Vital statistics of India. Vol. IV, Annual returns from 1871 to 1876. British Army of India, Native Army and jails of Bengal
Year: 1871
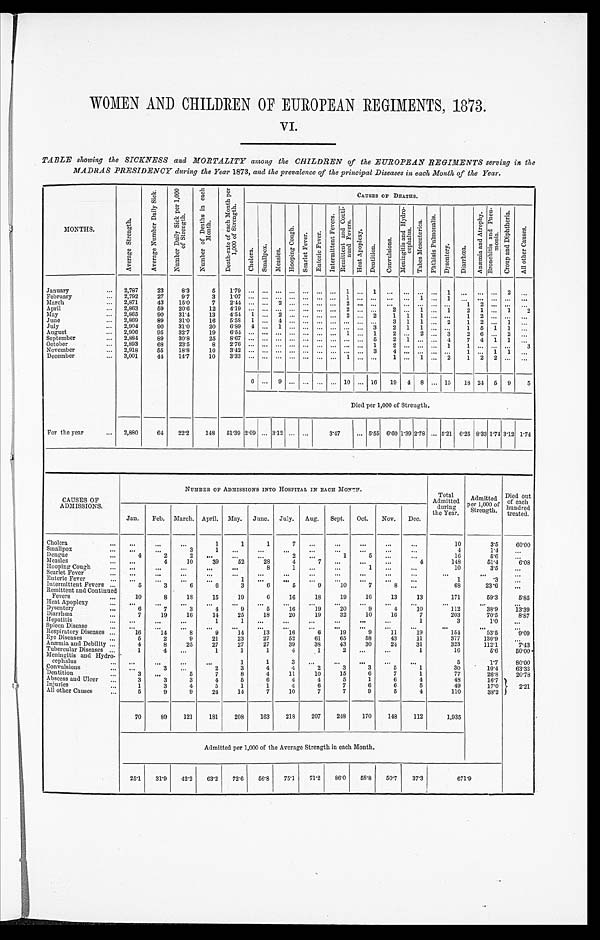
WOMEN AND CHILDREN OF EUROPEAN REGIMENTS, 1873.
VI.
TABLE showing the SICKNESS and MORTALITY among the CHILDREN of the EUROPEAN REGIMENTS serving in the
MADRAS PRESIDENCY during the Year 1873, and the prevalence of the principal Diseases in each Month of the Year.
MONTHS.
A v e r a g e S t r e n g t h .
A v e r a g e N u m b e r D a i l y S i c k .
N u m b e r D a i l y S i c k p e r 1 , 0 0 0 o f S t r e n g t h .
N u m b e r o f D e a t h s i n e a c h M o n t h .
D e a t h - r a t e o f e a c h M o n t h p e r 1 , 0 0 0 o f S t r e n g t h .
CAUSES OF DEATHS.
C h o l e r a .
S m a l l p o x .
M e a s l e s .
H o o p i n g C o u g h .
S c a r l e t F e v e r .
E n t e r i c F e v e r .
I n t e r m i t t e n t F e v e r s . R e m i t t e n t a n d C o n t i - n u e d F e v e r s .
H e a t A p o p l e x y .
D e n t i t i o n .
C o n v u l s i o n s .
M e n i n g i t i s a n d H y d r o - c e p h a l u s .
T a b e s M e s e n t e r i c a .
P h t h i s i s P u l m o n a l i s .
D y s e n t e r y .
D i a r r h œ a .
A n æ m i a a n d A t r o p h y .
B r o n c h i t i s a n d P n e u - m o n i a .
C r o u p a n d D i p h t h e r i a .
A l l o t h e r C a u s e s .
January . . .
2,787
23
8.3
5
1 . 7 9
. . .
. . .
. . .
. . .
. . .
. . .
. . .1
. . .
1
. . .
. . .
. . .
. . .
1
. . .
. . . . . .
2
. . .
2,792
27
9.7
3
1.07
. . .
. . .
. . .
. . .
. . .
. . .
. . . 1
. . .
. . .
. . .
. . .
1
. . .
1
. . .
. . . . . . . . .
. . .
February . . .
2,871
43
15.0
7
2 . 4 4
. . .
. . .
2
. . .
. . .
. . .
. . . 2
. . .
. . .
. . .
. . .
. . .
. . .
. . .
1
2 . . . . . .
. . .
March . . .
2,863
59
20.6
12
4.19
. . .
. . .
. . .
. . .
. . .
. . .
. . .
2
. . .
. . .
2
. . .
1
. . .
1
2
1 . . . 1
2
April . . .
2,865
90
31.4
13
4.54
1
. . .
2
. . .
. . .
. . .
. . .
2
. . .
2
1
1
1
. . .
. . .
1
2 . . . . . . . . .
May . . .
2,869
89
31.0
1 6
5 . 5 8
1
. . .
4
. . .
. . .
. . .
. . . . . .
. . .
. . .
3
1
1
. . .
2
1
2 . . .
1
. . .
June . . .
2,904
90
31.0
20
6.89
4
. . .
1
. . .
. . .
. . .
. . . . . .
. . .
3
2
1
1
. . .
. . .
1
5
1
1
. . .
July . . .
2,906
95
32.7
1 9
6 . 5 4
. . .
. . .
. . .
. . .
. . .
. . .
. . . 1
. . .
1
2
. . .
2
. . .
3
2 6
. . . 2
. . .
August . . .
2,884
89
30.8
2 5
8 . 6 7
. . .
. . .
. . .
. . .
. . .
. . .
. . . . . .
. . .
5
2
1
. . .
. . .
4
7 4
1
1
. . .
September . . .
2,893
68
23.5
8
2 . 7 6
. . .
. . .
. . .
. . .
. . .
. . .
. . . . . .
. . .
1
2
. . .
. . .
. . .
1
1 . . . . . . . . .
3
October . . .
2,918
55
18.8
1 0
3 . 4 2
. . .
. . .
. . .
. . .
. . .
. . .
. . . . . .
. . .
3
4
. . .
. . .
. . .
. . .
1 . . .
1
1
. . .
November . . .
3,001
44
14.7
1 0
3 . 3 3
. . .
. . .
. . .
. . .
. . .
. . .
. . . 1
. . .
. . .
1
. . .
1
. . .
2
1
2
2 . . .
. . .
December . . .
6
. . .
9
. . .
. . .
. . .
. . .
10
. . . 16
19
4
8
. . . 15
18 24
5
9
5
Died per 1,000 of Strength.
For the year . . .
2,880
64
22.2
148
51.39 2.09
. . . 3.12
. . .
. . .
3.47
. . . 5.55 6.60 1.39 2.78
. . . 5.21 6.25 8.33 1.74 3.12 1.74
CAUSES OF
ADMISSIONS.
NUMBER OF ADMISSIONS INTO HOSPITAL IN EACH MONTH.
Total
Admitted
during
the Year.
A d m i t t e d p e r 1 , 0 0 0 o f S t r e n g t h .
Died out
of each
hundred
treated.
Jan.
Feb.
March. April.
May.
June.
July.
Aug.
Sept.
Oct.
Nov.
Dec.
Cholera . . .
. . .
. . .
. . .
1
1
1
7
. . .
. . .
. . .
. . .
. . .
10
3.5
60.00
4
1.4
. . .
Smallpox . . .
. . .
. . .
3
1
. . .
. . .
. . .
. . .
. . .
. . .
. . .
. . .
. . .
1
5
. . .
. . .
16
5.6
. . .
2
Dengue . . .
4
2
2
. . .
. . .
. . .
4
148
51.4
6.08
Measles . . .
. . .
4
10
39
52
28
4
7
. . .
. . .
. . .
1
. . .
. . .
10
3.5
. . .
Hooping Cough . . .
. . .
. . .
. . .
. . .
. . .
8
1
. . .
. . .
Scarlet Fever . . .
. . .
. . .
. . .
. . .
. . .
. . .
. . .
. . .
. . .
. . .
. . .
. . .
. . .
. . .
. . .
.3
. . .
1
Enteric Fever . . .
. . .
. . .
. . .
. . .
1
. . .
. . .
. . .
. . .
. . .
. . .
. . .
8
. . .
68
23.6
. . .
Intermittent Fevers . . .
5
3
6
6
3
6
5
9
10
7
Remittent and Continued Fevers . . .
1 0
8
18
15
19
6
16
18
19
16
13
13
171
59.3
5.85
Heat Apoplexy . . .
. . .
. . .
. . .
. . .
. . .
. . .
. . .
. . .
. . .
. . .
. . .
. . .
. . .
. . .
. . .
9
4
10
112
38.9
13.39
20
6
7
3
4
9
5
16
19
Dysentery . . .
10
16
7
203
70.5
8.87
Diarrhœa . . .
7
19
16
14
25
18
20
19
32
1.0
. . .
3
Hepatitis . . .
. . .
. . .
. . .
1
1
. . .
. . .
. . .
. . .
. . .
. . .
1
Spleen Disease . . .
. . .
. . .
. . .
. . .
. . .
. . .
. . .
. . .
. . .
. . .
. . .
. . .
. . .
. . .
. . .
9
11
19
154
53.5
9.09
19
Respiratory Diseases . . .
16
14
8
9
14
13
16
6
27
52
61
65
58
43
11
377
130.9
. . .
23
Eye Diseases . . .
5
2
9
2]
30
24
31
323
112.1
7.43
43
Anæmia and Debility . . .
4
8
25
27
27
27
39
38
4
1
2
. . .
. . .
1
16
5.6
50.00
1
Tubercular Diseases . . .
1
4
. . .
1
1
Meningitis and Hydro
-cephalus . . .
. . .
. . .
. . .
. . .
1
1
3
. . .
. . .
. . .
. . .
. . .
5
1.7
80.00
3
5
1
30
10.4
63.33
2
3
Convulsions . . .
. . .
. . .
. . .
2
3
4
4
15
6
7
1
77
26.8
20.78
10
Dentition. . .
3
. . .
5
7
8
4
11
4
4
5
1
6
4
48
16.7
2.21
6
Abscess and Ulcer . . .
3
3
3
4
5
4
6
7
6
6
5
49
17.0
1
Injuries . . .
1
3
4
5
1
7
10
7
7
9
5
4
110
38.2
All other Causes . . .
5
9
9
24
14
207
248
170
148
112
1,935
218
70
89
121
181
208
163
Admitted per 1,000 of the Average Strength in each Month.
25.1
31.9
42.2
63.2
72.6
56.8
75.1
71.2
86.0
58.8
50.7
37.3
671.9